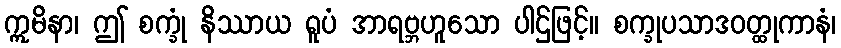
ဣမိနာ၊ ဤ စက္ခုံ နိဿာယ ရူပံ အာရဗ္ဘဟူသော ပါဌ်ဖြင့်။ စက္ခုပသာဒဝတ္ထုကာနံ၊